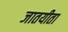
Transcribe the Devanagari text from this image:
जातयीता